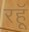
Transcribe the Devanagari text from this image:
रहॅू